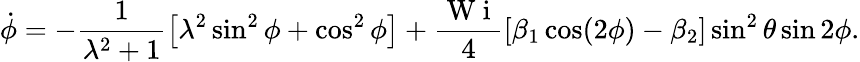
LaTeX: \dot{\phi}=-\frac{1}{\lambda^{2}+1}\left[\lambda^{2}\sin^{2}\phi+\cos^{2}\phi\right]+\frac{\mathrm{~W~i~}}{4}\left[\beta_{1}\cos(2\phi)-\beta_{2}\right]\sin^{2}\theta\sin 2\phi.